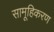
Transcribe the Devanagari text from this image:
सामूहिकरण